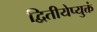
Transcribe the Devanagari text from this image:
द्वितीयेप्युक्तं